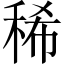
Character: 稀